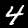
Digit: 4